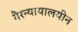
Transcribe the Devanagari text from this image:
गैरन्यायालयीन